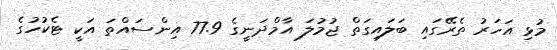
މުޅި އަހަރު ތެރޭގައި ބަލައިގަތް ޖުމުލަ އާމްދަނީގެ 77.9 އިންސައްތަ އަކީ ޓެކުހުގެ